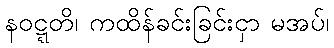
နဝဋ္ဋတိ၊ ကထိန်ခင်းခြင်းငှာ မအပ်၊